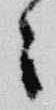
々